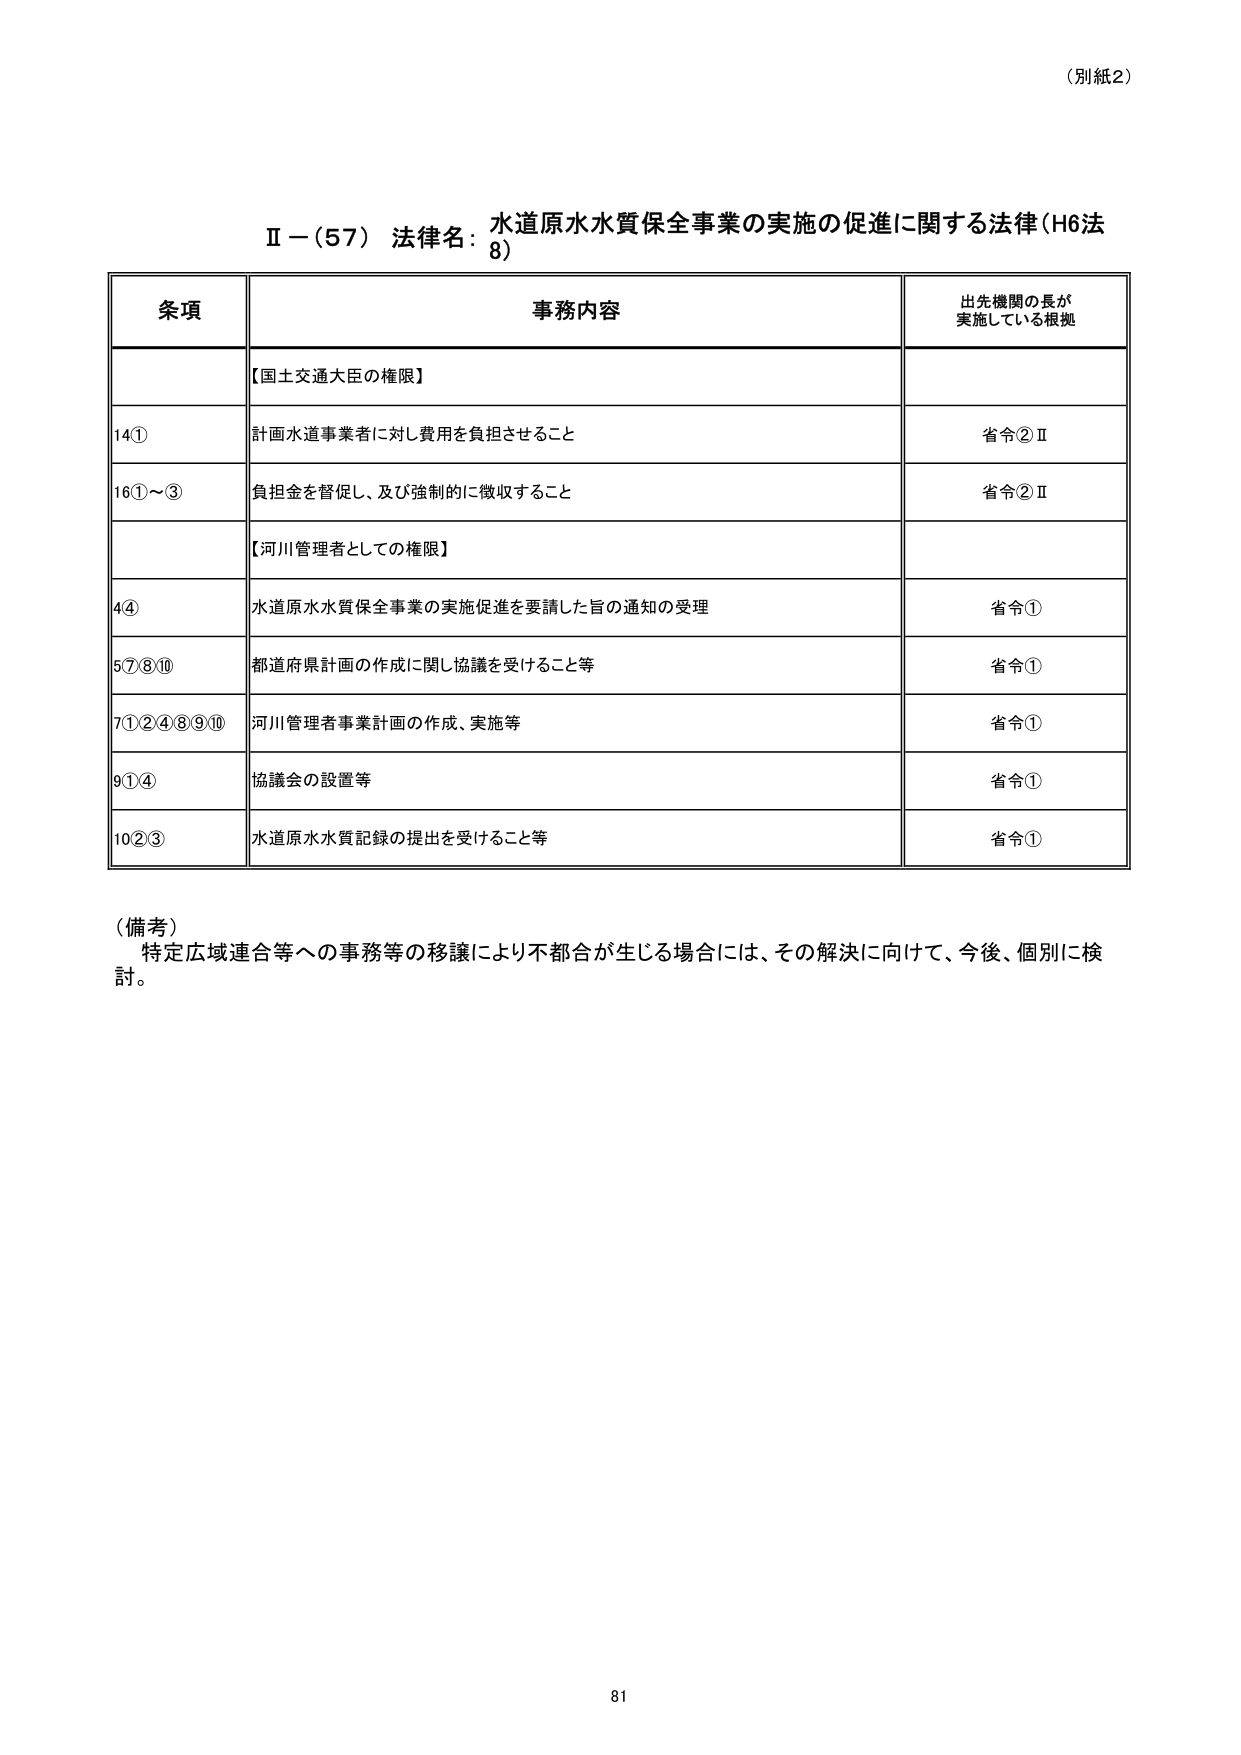
（別紙2）

Ⅱ－（57） 法律名：水道原水水質保全事業の実施の促進に関する法律（H6法8）

条項 事務内容 出先機関の長が実施している根拠

【国土交通大臣の権限】

14① 計画水道事業者に対し費用を負担させること 省令②Ⅱ

16①～③ 負担金を督促し、及び強制的に徴収すること 省令②Ⅱ

【河川管理者としての権限】

4④ 水道原水水質保全事業の実施促進を要請した旨の通知の受理 省令①

5⑦⑧⑩ 都道府県計画の作成に関し協議を受けること等 省令①

7①②④⑧⑨⑩ 河川管理者事業計画の作成、実施等 省令①

9①④ 協議会の設置等 省令①

10②③ 水道原水水質記録の提出を受けること等 省令①

（備考）
特定広域連合等への事務等の移譲により不都合が生じる場合には、その解決に向けて、今後、個別に検討。

81